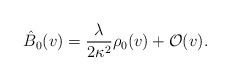
\begin{align*} \hat{B}_{0}(v)=\frac{\lambda}{2\kappa^2}\rho_0(v)+\mathcal{O}(v).\end{align*}